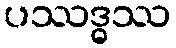
ပဿဒ္ဓဿ